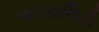
વાઇટાલિટી